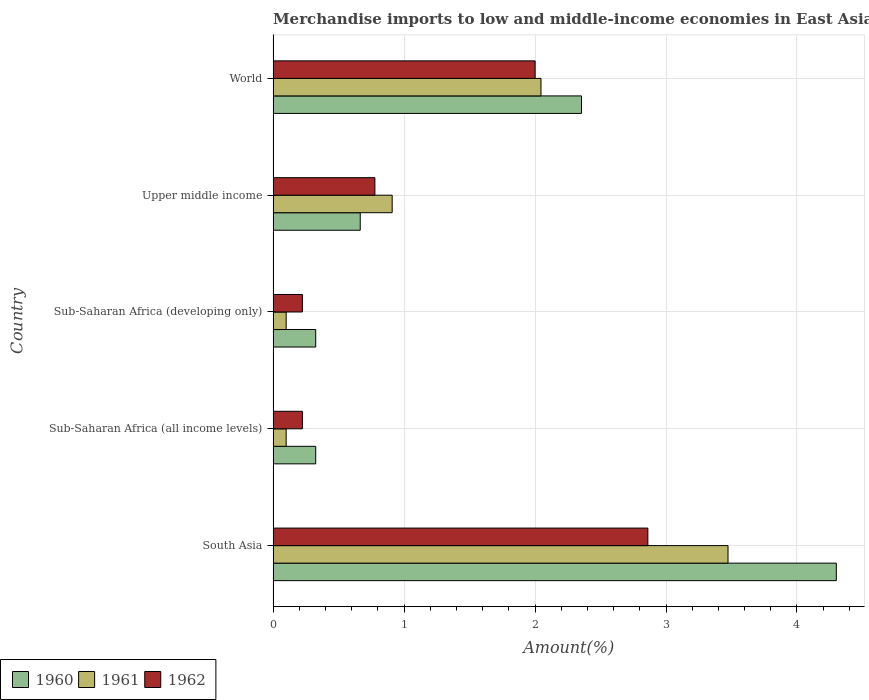
| Country | 1960 | 1961 | 1962 |
 | --- | --- | --- | --- |
 | South Asia | 4.3 | 3.47 | 2.86 |
 | Sub-Saharan Africa (all income levels) | 0.325 | 0.0997 | 0.224 |
 | Sub-Saharan Africa (developing only) | 0.325 | 0.0997 | 0.224 |
 | Upper middle income | 0.665 | 0.909 | 0.777 |
 | World | 2.35 | 2.05 | 2 |